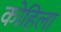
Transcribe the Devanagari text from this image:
कोहिला